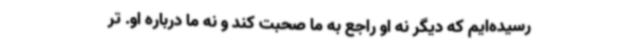
رسیده‌ایم که دیگر نه او راجع به ما صحبت کند و نه ما درباره او. تر